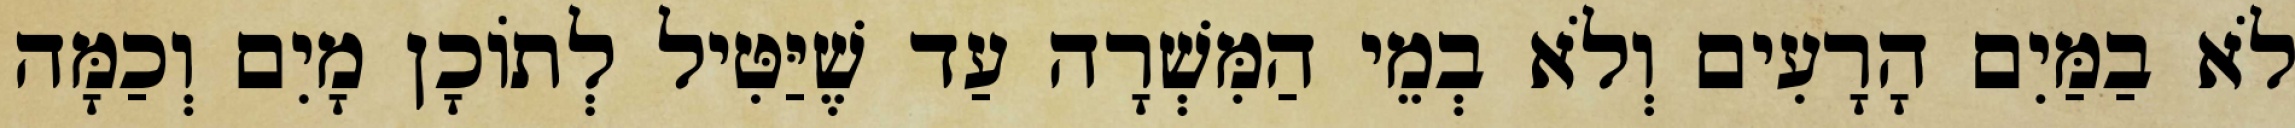
לֹא בַמַּיִם הָרָעִים וְלֹא בְמֵי הַמִּשְׁרָה עַד שֶׁיַּטִּיל לְתוֹכָן מָיִם וְכַמָּה